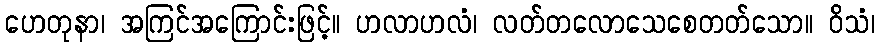
ဟေတုနာ၊ အကြင်အကြောင်းဖြင့်။ ဟလာဟလံ၊ လတ်တလောသေစေတတ်သော။ ဝိသံ၊